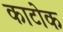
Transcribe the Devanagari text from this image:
काटोक